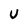
Character: U